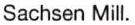
Sachsen Mill.